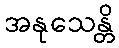
အနုသေန္တိ